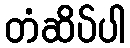
တံဆိပ်ပါ